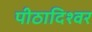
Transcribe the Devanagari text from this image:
पीठादिश्वर